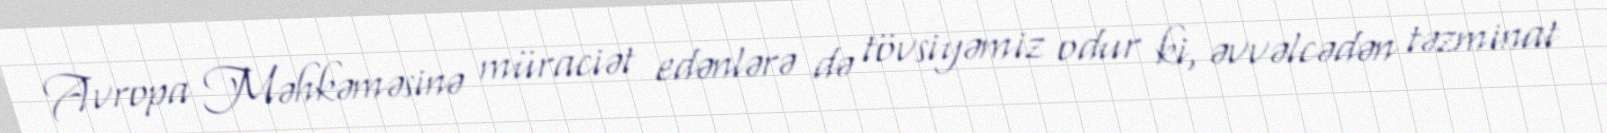
Avropa Məhkəməsinə müraciət edənlərə də tövsiyəmiz odur ki, əvvəlcədən təzminat